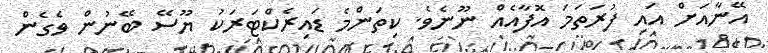
އޭނާއަށް އައި ފުރަތަމަ އޮފާއެއް ނޫނެވެ. ކިތަންމެ ޑައިރެކްޓަރަކު ޔޫސޭ ބޭނުން ވެގެން